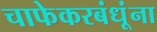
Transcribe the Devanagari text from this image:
चाफेकरबंधूंना